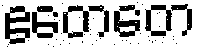
ဧတေတေ